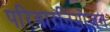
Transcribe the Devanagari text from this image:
परिवारनियोजन